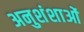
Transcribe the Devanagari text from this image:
अनुशंशाओं